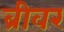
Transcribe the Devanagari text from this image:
ब्रीवर